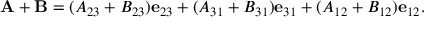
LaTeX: \mathbf { A } + \mathbf { B } = ( A _ { 2 3 } + B _ { 2 3 } ) \mathbf { e } _ { 2 3 } + ( A _ { 3 1 } + B _ { 3 1 } ) \mathbf { e } _ { 3 1 } + ( A _ { 1 2 } + B _ { 1 2 } ) \mathbf { e } _ { 1 2 } .